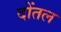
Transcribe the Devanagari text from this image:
दोंतल